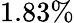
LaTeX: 1.83\%